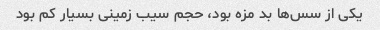
یکی از سس‌ها بد مزه بود، حجم سیب زمینی بسیار کم بود